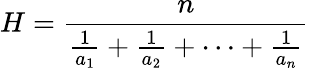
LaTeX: H={\frac{n}{{\frac{1}{a_{1}}}+{\frac{1}{a_{2}}}+\cdots+{\frac{1}{a_{n}}}}}